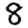
Digit: 8